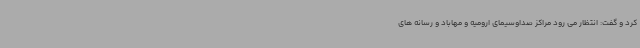
کرد و گفت: انتظار می رود مراکز صداوسیمای ارومیه و مهاباد و رسانه های